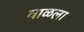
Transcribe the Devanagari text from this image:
वाळला